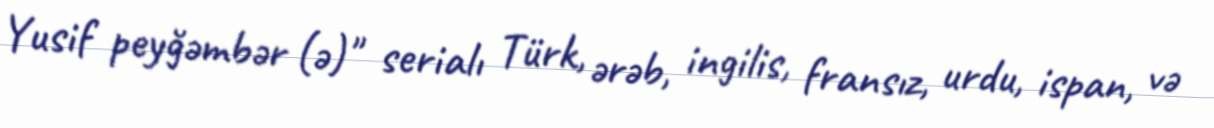
Yusif peyğəmbər (ə)" serialı Türk, ərəb, ingilis, fransız, urdu, ispan, və